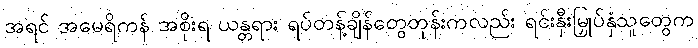
အရင် အမေရိကန် အစိုးရ ယန္တရား ရပ်တန့်ချိန်တွေတုန်းကလည်း ရင်းနှီးမြှုပ်နှံသူတွေက